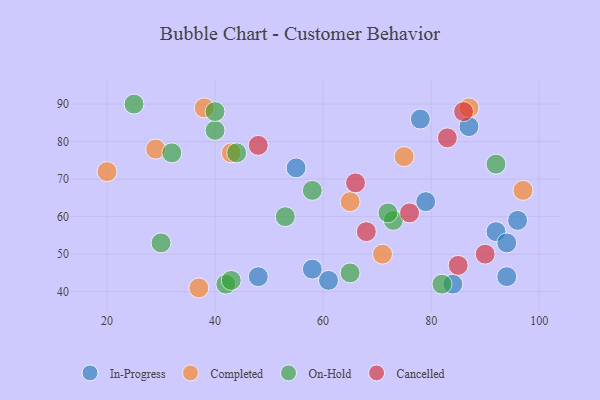
{"axis": {"x": "GDP", "y": "Life Expectancy"}, "legend": ["Cancelled", "Completed", "In-Progress", "On-Hold"], "data": [{"x": "92", "y": 56, "type": "In-Progress"}, {"x": "87", "y": 84, "type": "In-Progress"}, {"x": "78", "y": 86, "type": "In-Progress"}, {"x": "94", "y": 53, "type": "In-Progress"}, {"x": "94", "y": 44, "type": "In-Progress"}, {"x": "55", "y": 73, "type": "In-Progress"}, {"x": "96", "y": 59, "type": "In-Progress"}, {"x": "79", "y": 64, "type": "In-Progress"}, {"x": "61", "y": 43, "type": "In-Progress"}, {"x": "58", "y": 46, "type": "In-Progress"}, {"x": "84", "y": 42, "type": "In-Progress"}, {"x": "48", "y": 44, "type": "In-Progress"}, {"x": "38", "y": 89, "type": "Completed"}, {"x": "87", "y": 89, "type": "Completed"}, {"x": "75", "y": 76, "type": "Completed"}, {"x": "20", "y": 72, "type": "Completed"}, {"x": "37", "y": 41, "type": "Completed"}, {"x": "43", "y": 77, "type": "Completed"}, {"x": "71", "y": 50, "type": "Completed"}, {"x": "65", "y": 64, "type": "Completed"}, {"x": "97", "y": 67, "type": "Completed"}, {"x": "29", "y": 78, "type": "Completed"}, {"x": "58", "y": 67, "type": "On-Hold"}, {"x": "25", "y": 90, "type": "On-Hold"}, {"x": "32", "y": 77, "type": "On-Hold"}, {"x": "30", "y": 53, "type": "On-Hold"}, {"x": "82", "y": 42, "type": "On-Hold"}, {"x": "44", "y": 77, "type": "On-Hold"}, {"x": "92", "y": 74, "type": "On-Hold"}, {"x": "73", "y": 59, "type": "On-Hold"}, {"x": "65", "y": 45, "type": "On-Hold"}, {"x": "53", "y": 60, "type": "On-Hold"}, {"x": "40", "y": 83, "type": "On-Hold"}, {"x": "40", "y": 88, "type": "On-Hold"}, {"x": "42", "y": 42, "type": "On-Hold"}, {"x": "43", "y": 43, "type": "On-Hold"}, {"x": "72", "y": 61, "type": "On-Hold"}, {"x": "90", "y": 50, "type": "Cancelled"}, {"x": "83", "y": 81, "type": "Cancelled"}, {"x": "66", "y": 69, "type": "Cancelled"}, {"x": "68", "y": 56, "type": "Cancelled"}, {"x": "48", "y": 79, "type": "Cancelled"}, {"x": "76", "y": 61, "type": "Cancelled"}, {"x": "86", "y": 88, "type": "Cancelled"}, {"x": "85", "y": 47, "type": "Cancelled"}]}